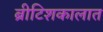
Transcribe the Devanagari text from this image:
ब्रीटिशकालात